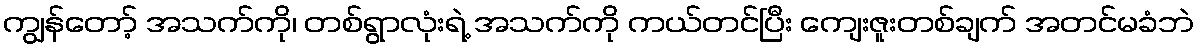
ကျွန်တော့် အသက်ကို၊ တစ်ရွာလုံးရဲ့ အသက်ကို ကယ်တင်ပြီး ကျေးဇူးတစ်ချက် အတင်မခံဘဲ